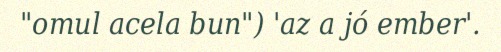
"omul acela bun") 'az a jó ember'.